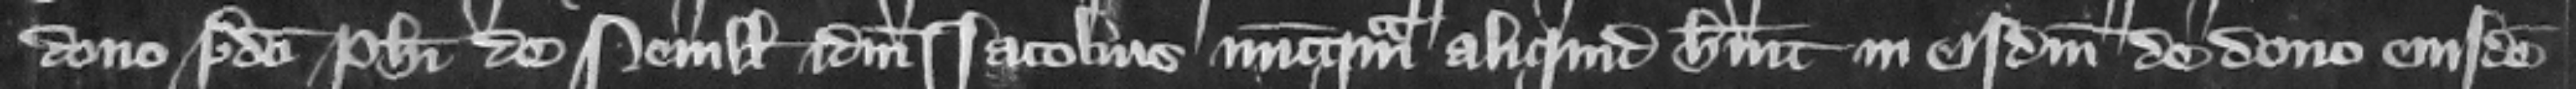
dono predicti Philippi de Neuille idem Iacobus nuncquam aliquid habit in eisdem de dono eiusdem